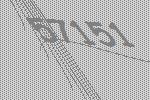
57151